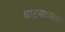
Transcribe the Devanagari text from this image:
घाटमाध्यावर